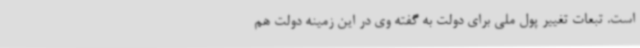
است. تبعات تغییر پول ملی برای دولت به گفته وی در این زمینه دولت هم